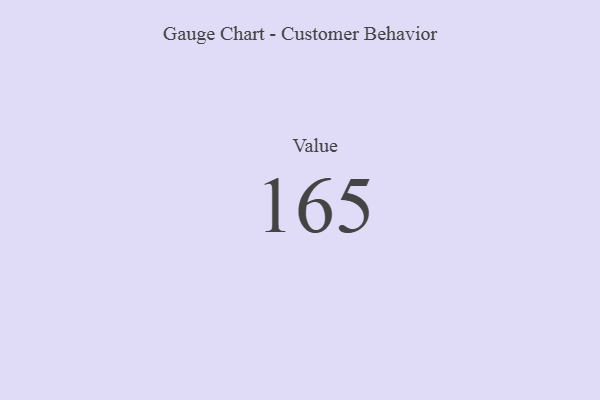
{"axis": {"x": "Metric", "y": "Value"}, "legend": [""], "data": [{"x": "Value", "y": 165, "type": ""}]}